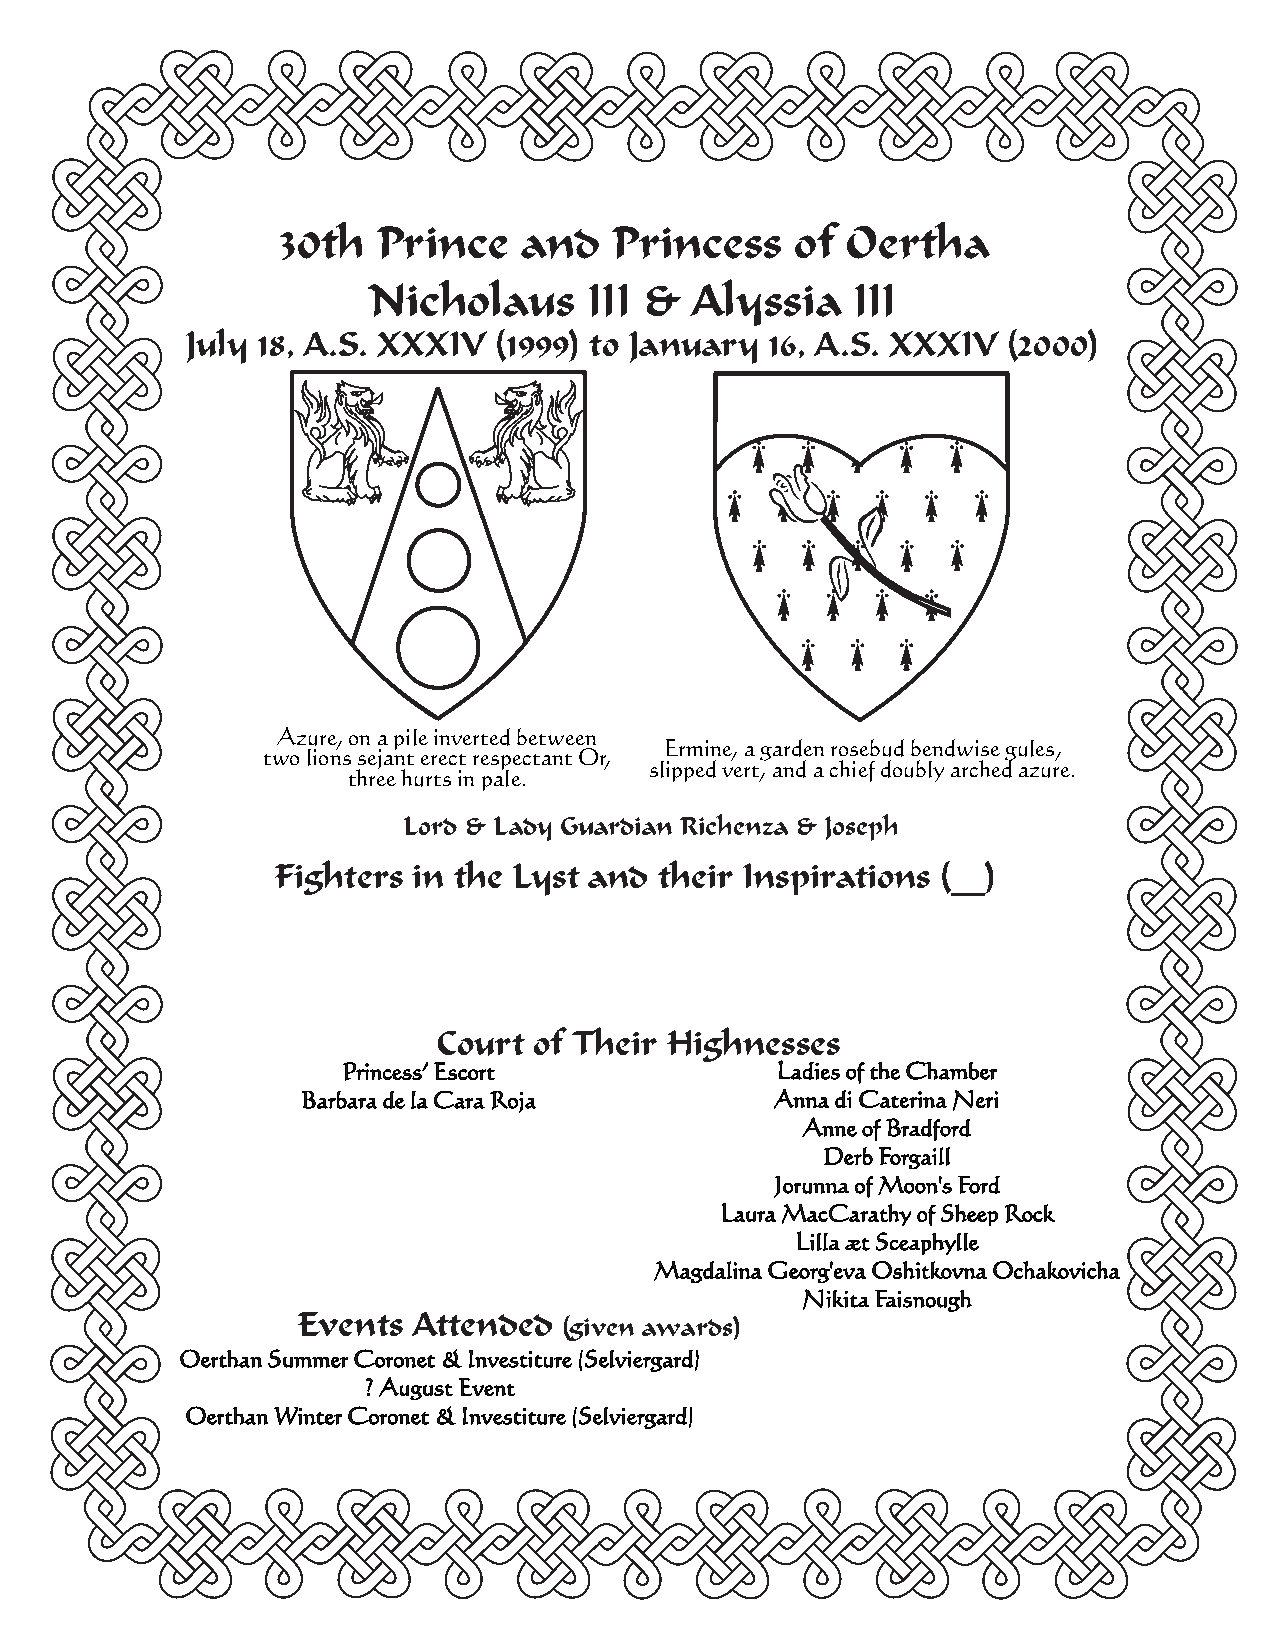
30th  Prince   and    Princess    of Oertha
 Nicholaus      III &  Alyssia   III
 July 18, A.S. XXXIV  (1999) to January 16, A.S. XXXIV  (2000)
 Azure, on a pile inverted between
 Ermine, a garden rosebud bendwise gules,
 two lions sejant erect respectant Or,
 slipped vert, and a chief doubly arched azure.
 three hurts in pale.
 Lord & Lady Guardian Richenza & Joseph
 Fighters in the Lyst and  their Inspirations (__)
 CCoouurrtt ooff TThheeiirr HHiigghhnneesssseess
 Princess’ Escort            Ladies of the Chamber
 Barbara de la Cara Roja        Anna di Caterina Neri
 Anne of Bradford
 Derb Forgaill
 Jorunna of Moon's Ford
 Laura MacCarathy of Sheep Rock
 Lilla æt Sceaphylle
 Magdalina Georg'eva Oshitkovna Ochakovicha
 Nikita Faisnough
 Events Attended
 (given awards)
 Oerthan Summer Coronet & Investiture (Selviergard)
 ? August Event
 Oerthan Winter Coronet & Investiture (Selviergard)